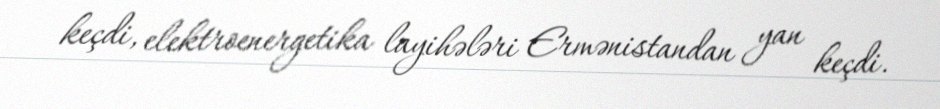
keçdi, elektroenergetika layihələri Ermənistandan yan keçdi.